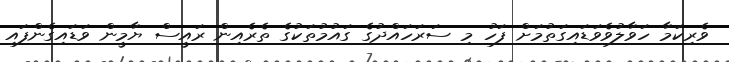
ވެރިކަމާ ހަވާލުވެވަޑައިގަތުމަށް ފަހު މި ސަރަހައްދުގެ ގައުމުތަކުގެ ތެރެއިން ރައީސް ޔާމީން ވަޑައިގެންފައި